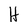
Character: H